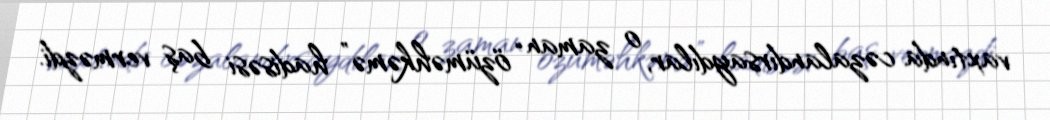
vaxtında cəzalandırsaydılar, o zaman “özüməhkəmə” hadisəsi baş verməzdi.